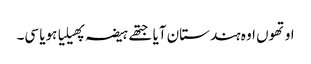
اوتھوں اوہ ہندستان آیا جتھے ہیضہ پھیلیا ہویا سی۔